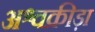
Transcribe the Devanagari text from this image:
अश्वक्रीड़ा